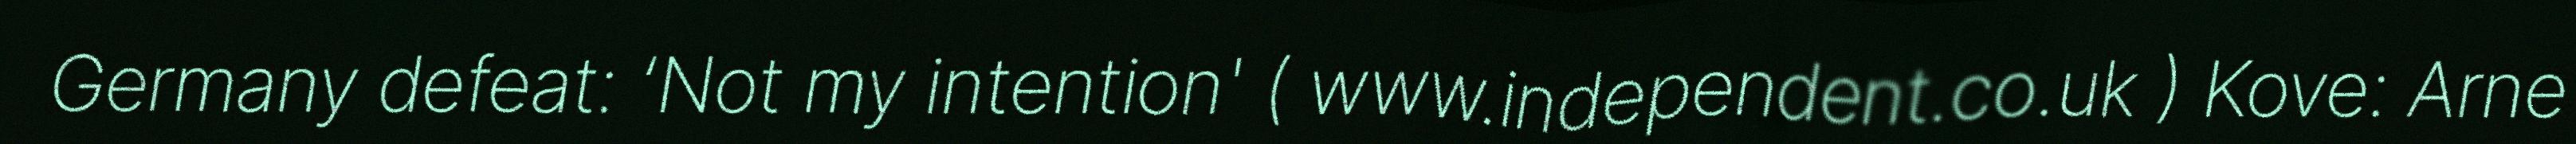
Germany defeat: ‘Not my intention' ( www.independent.co.uk ) Kove: Arne